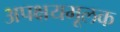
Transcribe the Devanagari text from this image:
अपक्षयमूलक